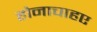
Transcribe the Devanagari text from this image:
होनाचाहए